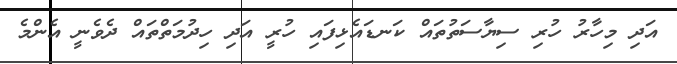
އަދި މިހާރު ހުރި ސިޔާސަތުތައް ކަނޑައެޅިފައި ހުރީ އަދި ހިދުމަތްތައް ދެވެނީ އެންމެ